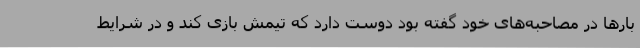
بارها در مصاحبه‌های خود گفته بود دوست دارد که تیمش بازی کند و در شرایط